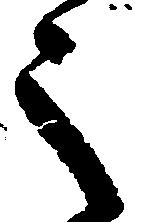
々